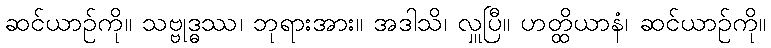
ဆင်ယာဉ်ကို။ သဗ္ဗုဒ္ဓဿ၊ ဘုရားအား။ အဒါသိ၊ လှူပြီ။ ဟတ္ထိယာနံ၊ ဆင်ယာဉ်ကို။